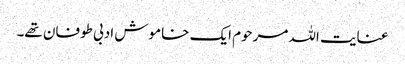
عنایت اللہ مرحوم ایک خاموش ادبی طوفان تھے۔